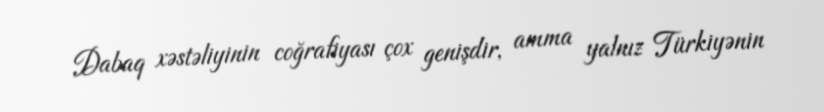
Dabaq xəstəliyinin coğrafiyası çox genişdir, amma yalnız Türkiyənin